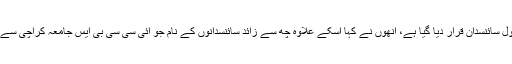
انھوں نے کہا ان تمام معیارات کی روشنی میں پروفیسرڈاکٹر اقبال چوھدری کو ملکی سطح پراول سائنسدان قرار دیا گیا ہے، انھوں نے کہا اسکے علاوہ چھ سے زائد سائنسدانوں کے نام جو آئی سی سی بی ایس جامعہ کراچی سے وابستہ ہیں علم کیمیا کے شعبے میں سب سے زیادہ ثمرآور محقیقین کی فہرست میں شامل ہیں۔